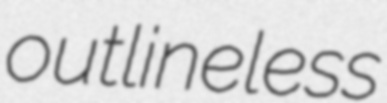
outlineless